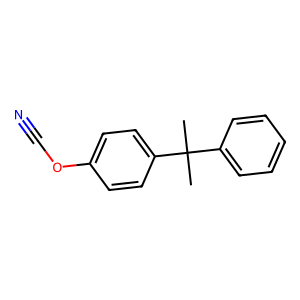
SMILES: CC(C)(c1ccccc1)c1ccc(OC#N)cc1
Inhibits HIV replication: No